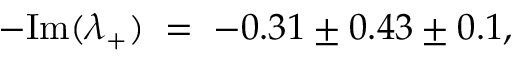
- \mathrm { I m } ( \lambda _ { + } ) \; = \; - 0 . 3 1 \pm 0 . 4 3 \pm 0 . 1 ,